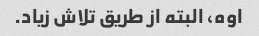
اوه، البته از طریق تلاش زیاد.